Lunatic asylums Punjab 1881-1894 - 1881-1894
Year: 1881
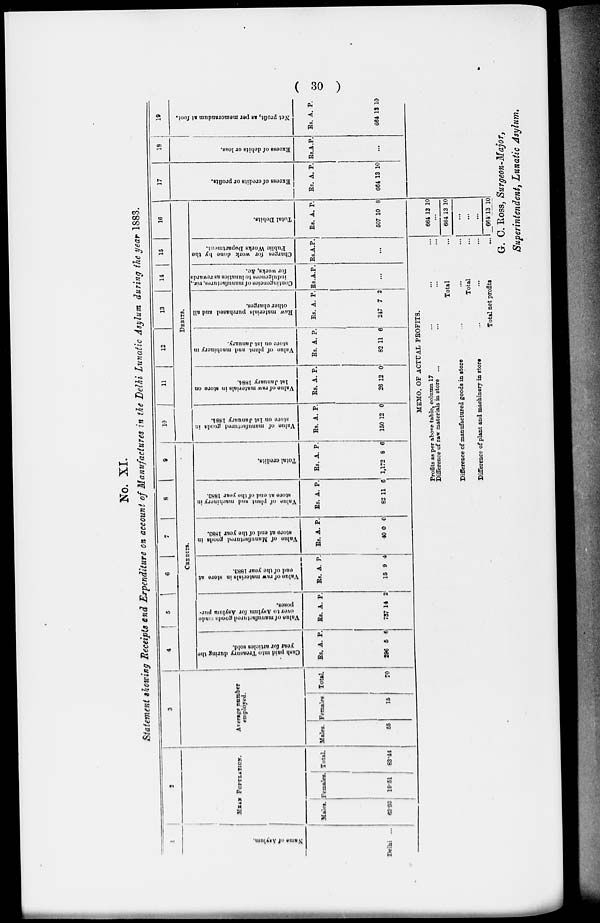
( 30 )
No. XI.
Statement showing Receipts and Expenditure on account of Manufactures in the Delhi Lunatic Asylum during the year 1883.
1
Name of Asylum.
Delhi ...
2
MEAM POPULATION.
Males.
63.93
Females.
19.51
Total.
63.44
3
Average number
employed.
Males.
55
Females
15
Total.
70
4
5
6
7
8
9
CREDITS.
Cash
paid into Treasury during the
year for articles sold.
Rs.
296
A.
5
P.
6
Value of manufactured goods made
over
to Asylum for Asylum pur-
poses.
Rs.
737
A.
14
P.
2
Value of raw materials in store at
end of the year 1883.
Rs.
15
A.
9
P.
4
Value of Manufactured goods in
store at end of the year 1883.
Rs.
40
A.
0
P.
0
Value of plant and machinery in
store at end of the year 1883.
Rs.
82
A.
11
P.
6
Total credits.
Rs.
1,172
A.
8
P.
6
10
11
12
13
14
15
16
DEBITS.
Value of manufactured goods in
store on 1st January 1884.
Rs.
150
A.
12
P.
0
Value of raw materials in store on
1st January 1884.
Rs.
26
A.
12
P.
0
Value of plant and machinery in
store on 1st January.
Rs.
82
A.
11
P.
6
Raw materials purchased and all
other charges.
Rs.
247
A.
7
P.
2
Contingencies of manufactures, viz.,
indulgences to lunatics as rewards
for works, &c.
Rs. A. P.
...
Charges
for work done by the
Public Works Department.
Rs A. P.
...
Total Debits.
Rs.
507
A.
10
P.
8
17
Excess of credits or profits.
Rs.
664
A.
13
P.
10
18
Excess of debits or loss.
Rs. A. P.
...
19
Net profit, as per memorandum at foot.
Rs.
664
A.
13
P.
10
MEMO. OF ACTUAL PROFITS.
Profits as per above table, column 17 ... ... ...
Difference of raw materials in store ... ... ... ...
Total ...
Difference of manufactured goods in store
...
... ...
Total ...
Difference of plant and machinery in store ... ... ...
Total net profits ...
664 13 10
...
664 13 10
...
...
...
664 13 10
G. C. Ross, Surgeon-Major,
Superintendent, Lunatic Asylum.